Scientific memoirs by medical officers of the Army of India - Part I,
Year: 1884
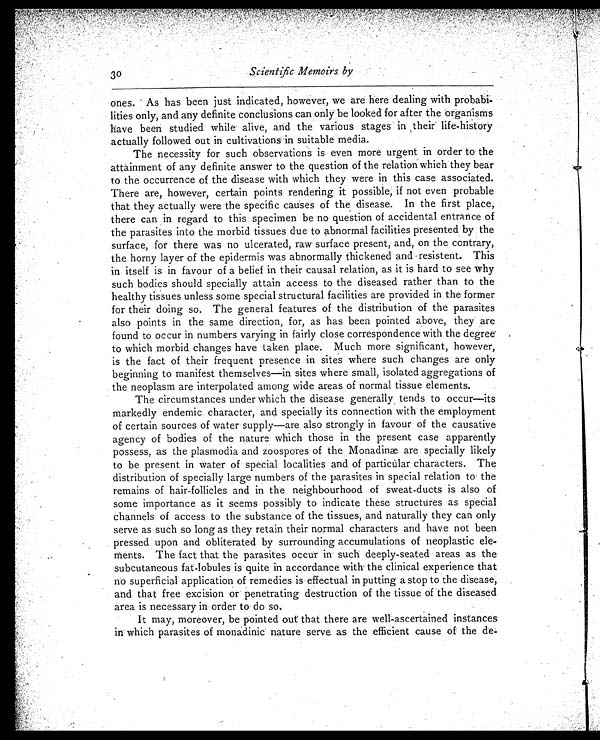
Scientific Memoirs by
ones. As has been just indicated, however, we are here dealing with probabi
- l i t i e s o n l y , a n d a n y d e f i n i t e c o n c l u s i o n s c a n o n l y b e l o o k e d f o r a f t e r t h e o r g a n i s m s
have been studied while alive, and the various stages in their life-history
actually followed out in cultivations in suitable media.
The necessity for such observations is even more urgent in order to the
attainment of any definite answer to the question of the relation which they bear
to the occurrence of the disease with which they were in this case associated.
There are, however, certain points rendering it possible, if not even probable
that they actually were the specific causes of the disease. In the first place,
there can in regard to this specimen be no question of accidental entrance of
the parasites into the morbid tissues due to abnormal facilities presented by the
surface, for there was no ulcerated, raw surface present, and, on the contrary,
the horny layer of the epidermis was abnormally thickened and -resistent. This
in itself is in favour of a belief in their causal relation, as it is hard to see why
such bodies should specially attain access to the diseased rather than to the
healthy tissues unless some special structural facilities are provided in the former
for their doing so. The general features of the distribution of the parasites
also points in the same direction, for, as has been pointed above, they are
found to occur in numbers varying in fairly close correspondence with the degree
to which morbid changes have taken place. Much more significant, however,
is the fact of their frequent presence in sites where such changes are only
beginning to manifest themselves—in sites where small, isolated aggregations of
the neoplasm are interpolated among wide areas of normal tissue elements.
The circumstances under which the disease generally tends to occur—its
markedly endemic character, and specially its connection with the employment
of certain sources of water supply—are also strongly in favour of the causative
agency of bodies of the nature which those in the present case apparently
possess, as the plasmodia and zoospores of the Monadinæ are specially likely
to be present in water of special localities and of particular characters. The
distribution of specially large numbers of the parasites in special relation to the
remains of hair-follicles and in the neighbourhood of sweat-ducts is also of
some importance as it seems possibly to indicate these structures as special
channels of access to the substance of the tissues, and naturally they can only
serve as such so long as they retain their normal characters and have not been
pressed upon and obliterated by surrounding accumulations of neoplastic ele-
ments. The fact that the parasites occur in such deeply-seated areas as the
subcutaneous fat-lobules is quite in accordance with the clinical experience that
no superficial application of remedies is effectual in putting a stop to the disease,
and that free excision or penetrating destruction of the tissue of the diseased
area is necessary in order to do so.
It may, moreover, be pointed out that there are well-ascertained instances
in which parasites of monadinic' nature serve as the efficient cause of the de-